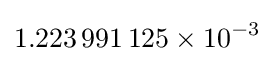
1.223\,991\,125\times 10^{-3}\!